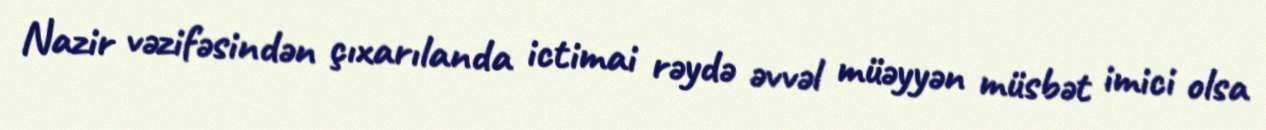
Nazir vəzifəsindən çıxarılanda ictimai rəydə əvvəl müəyyən müsbət imici olsa